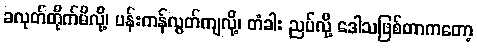
ခလုတ်တိုက်မိလို့၊ ပန်းကန်လွတ်ကျလို့၊ တံခါး ညပ်လို့ ဒေါသဖြစ်တာကတော့